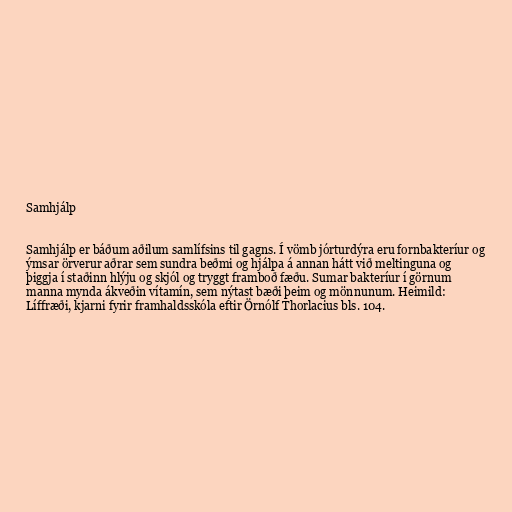
Samhjálp

Samhjálp er báðum aðilum samlífsins til gagns. Í vömb jórturdýra eru fornbakteríur og
ýmsar örverur aðrar sem sundra beðmi og hjálpa á annan hátt við meltinguna og
þiggja í staðinn hlýju og skjól og tryggt framboð fæðu. Sumar bakteríur í görnum
manna mynda ákveðin vítamín, sem nýtast bæði þeim og mönnunum. Heimild:
Líffræði, kjarni fyrir framhaldsskóla eftir Örnólf Thorlacius bls. 104.